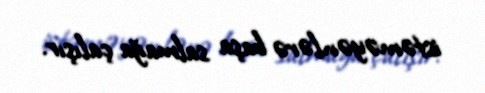
istəməyənlərə başa salmağa çalışır.